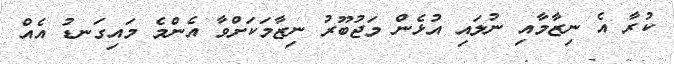
ކުރާ އެ ނިޒާމާއި ނުލައި އުޅެން މަޖުބޫރު ނިޒާމަކަށްވާ އެންމެ މައިގަނޑު އެއް